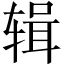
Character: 辑